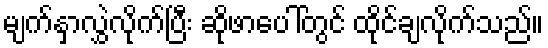
မျက်နှာလွှဲလိုက်ပြီး ဆိုဖာပေါ်တွင် ထိုင်ချလိုက်သည်။